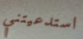
استدعيتني